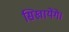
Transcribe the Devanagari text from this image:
सिखायेंगे।